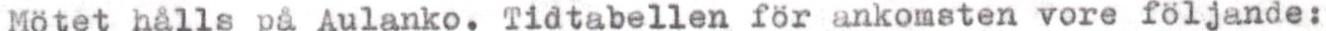
Mötet hålls på Aulanko. Tidtabellen för ankomsten vore följande: